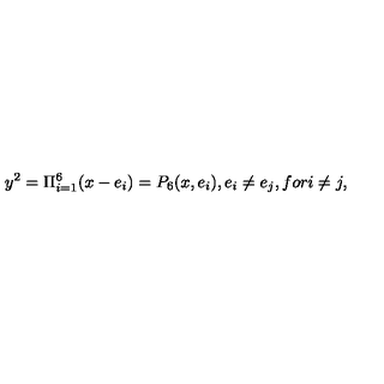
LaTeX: y ^ { 2 } = \Pi _ { i = 1 } ^ { 6 } ( x - e _ { i } ) = P _ { 6 } ( x , e _ { i } ) , e _ { i } \neq e _ { j } , f o r i \neq j ,